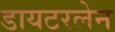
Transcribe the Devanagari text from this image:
डायटरलेन